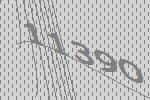
11390